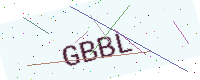
Text: GBBL